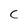
Character: C